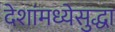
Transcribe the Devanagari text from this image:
देशांमध्येसुद्धा